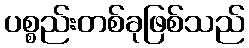
ပစ္စည်းတစ်ခုဖြစ်သည်